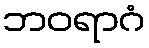
ဘဝရာဂံ